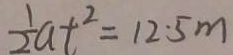
\frac { 1 } { 2 } a t ^ { 2 } = 1 2 \cdot 5 m